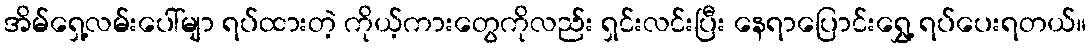
အိမ်ရှေ့လမ်းပေါ်မျာ ရပ်ထားတဲ့ ကိုယ့်ကားတွေကိုလည်း ရှင်းလင်းပြီး နေရာပြောင်းရွှေ့ ရပ်ပေးရတယ်။